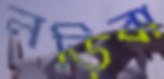
লড়িবা